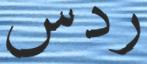
ردس